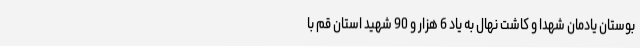
بوستان یادمان شهدا و کاشت نهال به یاد 6 هزار و 90 شهید استان قم با